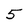
Character: 5